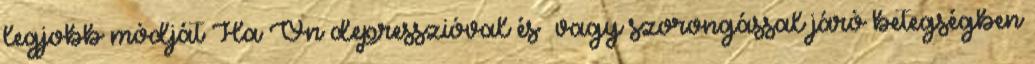
legjobb módját Ha Ön depresszióval és vagy szorongással járó betegségben